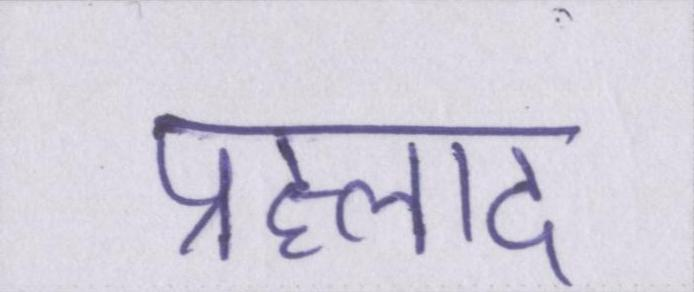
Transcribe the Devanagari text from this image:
प्रह्लाद